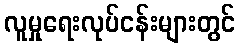
လူမှုရေးလုပ်ငန်းများတွင်